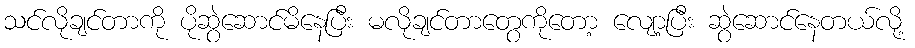
သင်လိုချင်တာကို ပိုဆွဲဆောင်မိနေပြီး မလိုချင်တာတွေကိုတော့ လျော့ပြီး ဆွဲဆောင်နေတယ်လို့